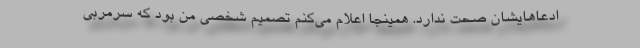
ادعاهایشان صحت ندارد. همینجا اعلام می‌کنم تصمیم شخصی من بود که سرمربی